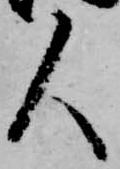
人